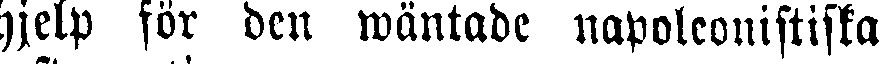
hjelp för den wäntade napoleonistiska